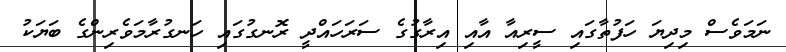
ނަމަވެސް މިދިޔަ ހަފުތާގައި ސީރިއާ އާއި އިރާގުގެ ސަރަހައްދީ ރޮނގުގައި ހަނގުރާމަވެރިންގެ ބަޔަކު